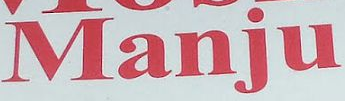
Manju